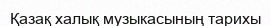
Қазақ халық музыкасының тарихы